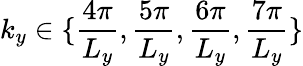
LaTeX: k_{y}\in\{ \frac{4\pi}{L_{y}},\frac{5\pi}{L_{y}},\frac{6\pi}{L_{y}},\frac{7\pi}{L_{y}}\}